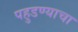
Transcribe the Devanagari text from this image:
पहुडण्याचा